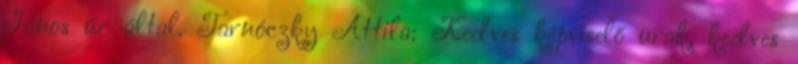
János úr által. Tarnóczky Attila: Kedves képviselő urak, kedves